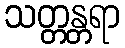
သတ္တန္တရာ